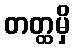
တတ္ထမှိ